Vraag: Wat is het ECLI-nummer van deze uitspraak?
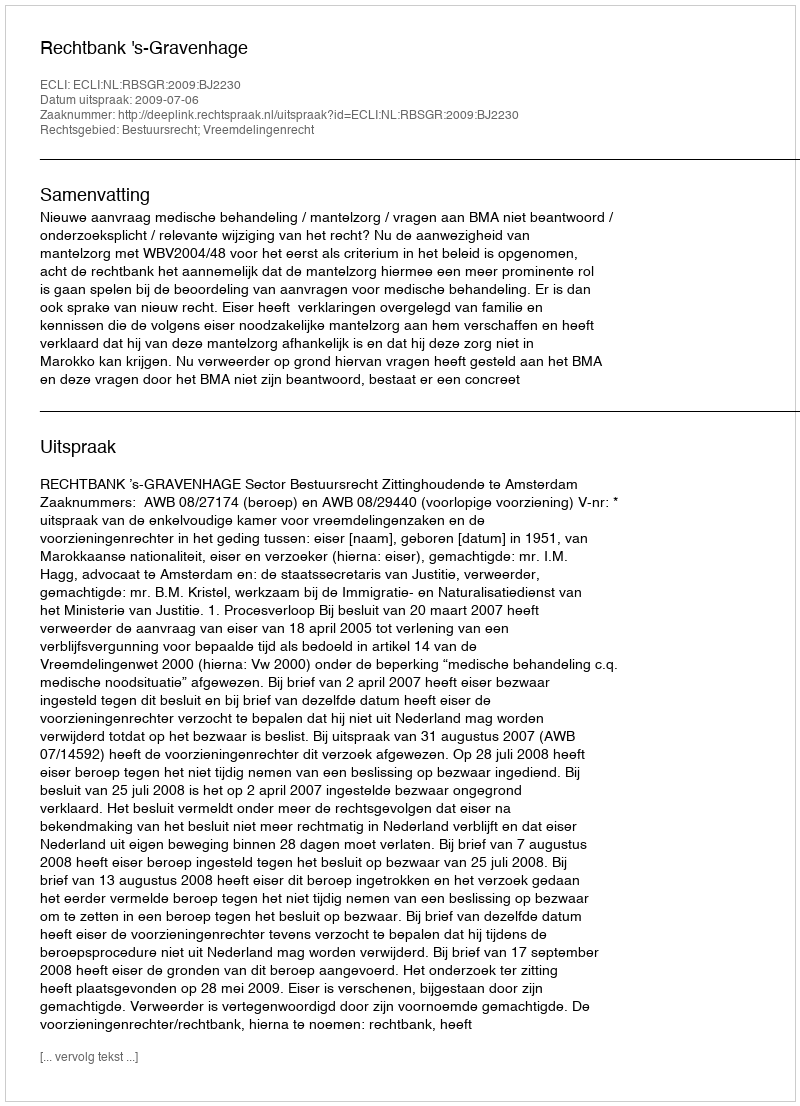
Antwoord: ECLI:NL:RBSGR:2009:BJ2230